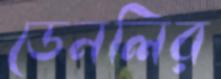
ডেনলির